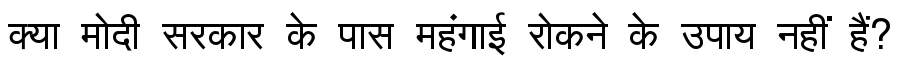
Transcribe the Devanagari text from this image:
क्या मोदी सरकार के पास महंगाई रोकने के उपाय नहीं हैं?